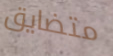
متضايق